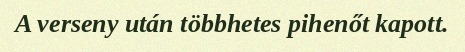
A verseny után többhetes pihenőt kapott.